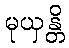
မုယှန္တိ